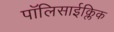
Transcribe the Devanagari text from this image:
पॉलिसाईक्लिक